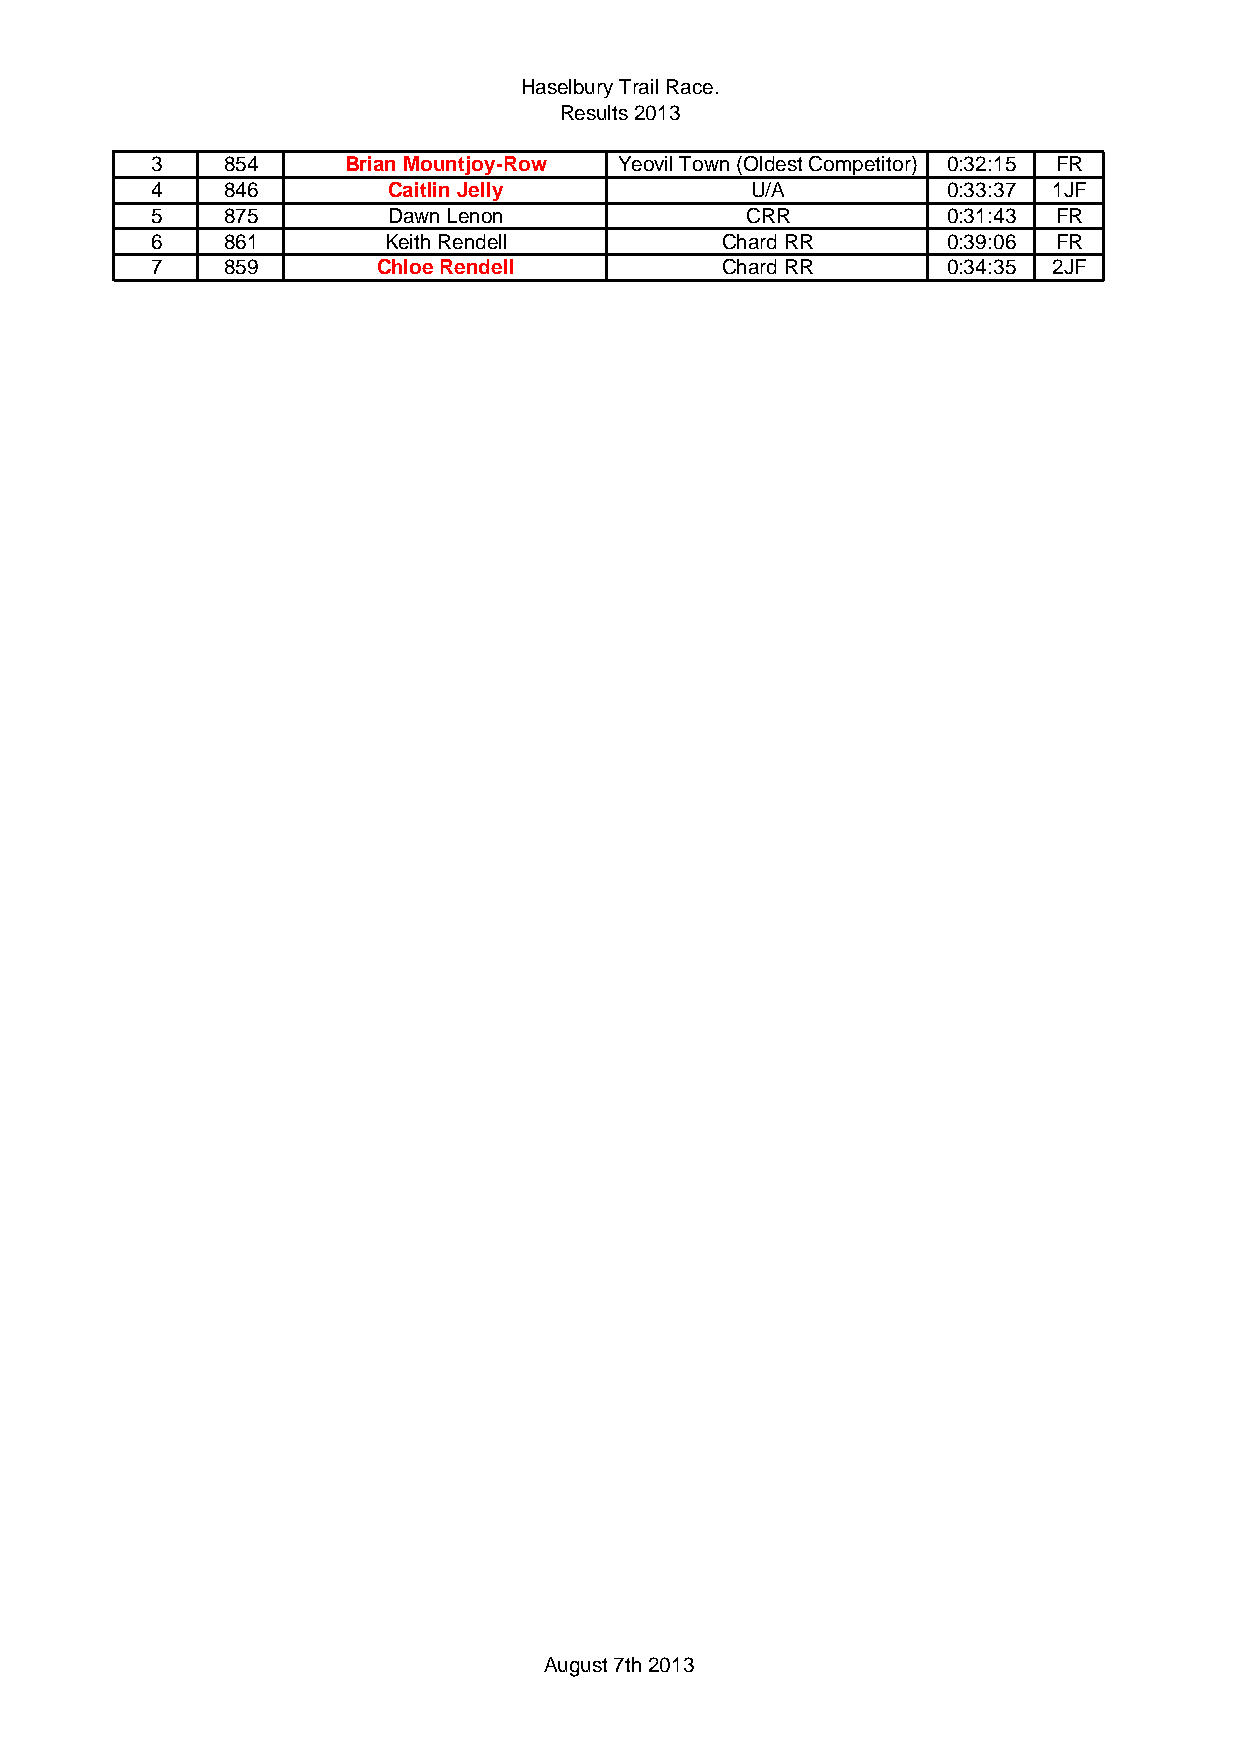
Haselbury Trail Race.
 Results 2013
 3    854     Brian Mountjoy-Row Yeovil Town (Oldest Competitor) 0:32:15 FR
 4    846        Caitlin Jelly           U/A          0:33:37 1JF
 5    875        Dawn Lenon             CRR           0:31:43 FR
 6    861       Keith Rendell          Chard RR       0:39:06 FR
 7    859       Chloe Rendell          Chard RR       0:34:35 2JF
 August 7th 2013